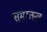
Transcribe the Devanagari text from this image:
समरतन्त्र